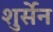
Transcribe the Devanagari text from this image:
शुर्सेन